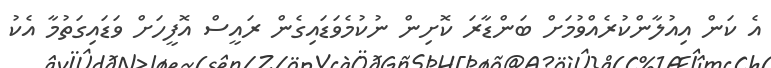
އެ ކަން އިއުލާންކުރެއްވުމަށް ބަންޑާރަ ކޮށިން ނުކުމެވަޑައިގެން ރައީސް އޮފީހަށް ވަޑައިގަތުމާ އެކު